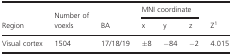
<table><thead><tr><td rowspan="2"><b>Region</b></td><td rowspan="2"><b>Number of voexls</b></td><td rowspan="2"><b>BA</b></td><td colspan="3"><b>MNI coordinate</b></td><td rowspan="2"><b>Za</b></td></tr><tr><td><b>x</b></td><td><b>y</b></td><td><b>z</b></td></tr></thead><tbody><tr><td>Visual cortex</td><td>1504</td><td>17/18/19</td><td>±8</td><td>−84</td><td>−2</td><td>4.015</td></tr></tbody></table>